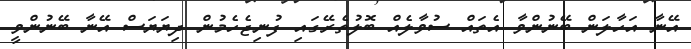
އޭނާ އަހާލަން ބޭނުންވާ އެތައް ސުވާލެއް ބޮލުތެރޭގައި ފުނިޖެހެމުން ދިޔަޔަސް އޭނާ ބޭނުންވީ